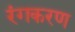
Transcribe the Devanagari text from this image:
रंगकरण